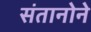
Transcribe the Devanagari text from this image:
संतानोने